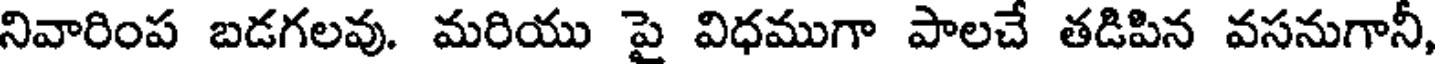
నివారింప బడగలవు. మరియు పై విధముగా పాలచే తడిపిన వసనుగానీ,